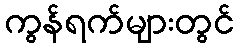
ကွန်ရက်များတွင်